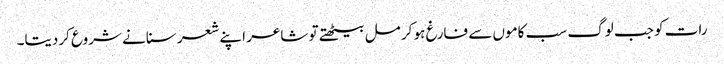
رات کو جب لوگ سب کاموں سے فارغ ہو کر مل بیٹھتے تو شاعر اپنے شعر سنانے شروع کردیتا۔